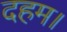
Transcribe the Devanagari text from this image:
दहम।